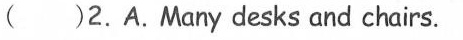
( )2.A.Mary desks and chairs.